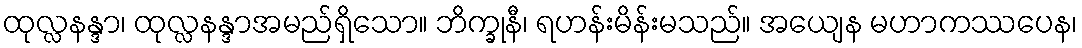
ထုလ္လနန္ဒာ၊ ထုလ္လနန္ဒာအမည်ရှိသော။ ဘိက္ခုနီ၊ ရဟန်းမိန်းမသည်။ အယျေန မဟာကဿပေန၊